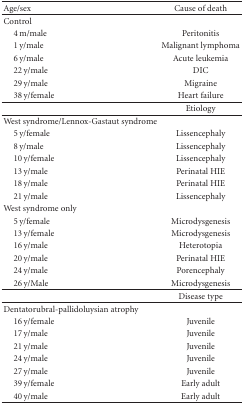
<table><thead><tr><td><b>Age/sex</b></td><td><b>Cause of death</b></td></tr></thead><tbody><tr><td>Control</td><td> </td></tr><tr><td> 4 m/male</td><td>Peritonitis</td></tr><tr><td> 1 y/male </td><td>Malignant lymphoma</td></tr><tr><td> 6 y/male </td><td>Acute leukemia</td></tr><tr><td> 22 y/male </td><td>DIC</td></tr><tr><td> 29 y/male </td><td>Migraine</td></tr><tr><td> 38 y/female </td><td>Heart failure</td></tr><tr><td> </td><td>Etiology</td></tr><tr><td>West syndrome/Lennox-Gastaut syndrome</td><td></td></tr><tr><td> 5 y/female</td><td>Lissencephaly</td></tr><tr><td> 8 y/male</td><td>Lissencephaly</td></tr><tr><td> 10 y/female</td><td>Lissencephaly</td></tr><tr><td> 13 y/male </td><td>Perinatal HIE</td></tr><tr><td> 18 y/male </td><td>Perinatal HIE</td></tr><tr><td> 21 y/male</td><td>Lissencephaly</td></tr><tr><td>West syndrome only</td><td> </td></tr><tr><td> 5 y/female</td><td>Microdysgenesis</td></tr><tr><td> 13 y/female</td><td>Microdysgenesis</td></tr><tr><td> 16 y/male</td><td>Heterotopia</td></tr><tr><td> 20 y/male</td><td>Perinatal HIE</td></tr><tr><td> 24 y/male</td><td>Porencephaly</td></tr><tr><td> 26 y/Male</td><td>Microdysgenesis </td></tr><tr><td> </td><td>Disease type</td></tr><tr><td>Dentatorubral-pallidoluysian atrophy</td><td> </td></tr><tr><td> 16 y/female</td><td>Juvenile</td></tr><tr><td> 17 y/male</td><td>Juvenile</td></tr><tr><td> 21 y/male</td><td>Juvenile</td></tr><tr><td> 24 y/male</td><td>Juvenile</td></tr><tr><td> 27 y/male</td><td>Juvenile</td></tr><tr><td> 39 y/female </td><td>Early adult</td></tr><tr><td> 40 y/male </td><td>Early adult</td></tr></tbody></table>